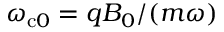
\omega _ { \mathrm { c } 0 } = q B _ { 0 } / ( m \omega )